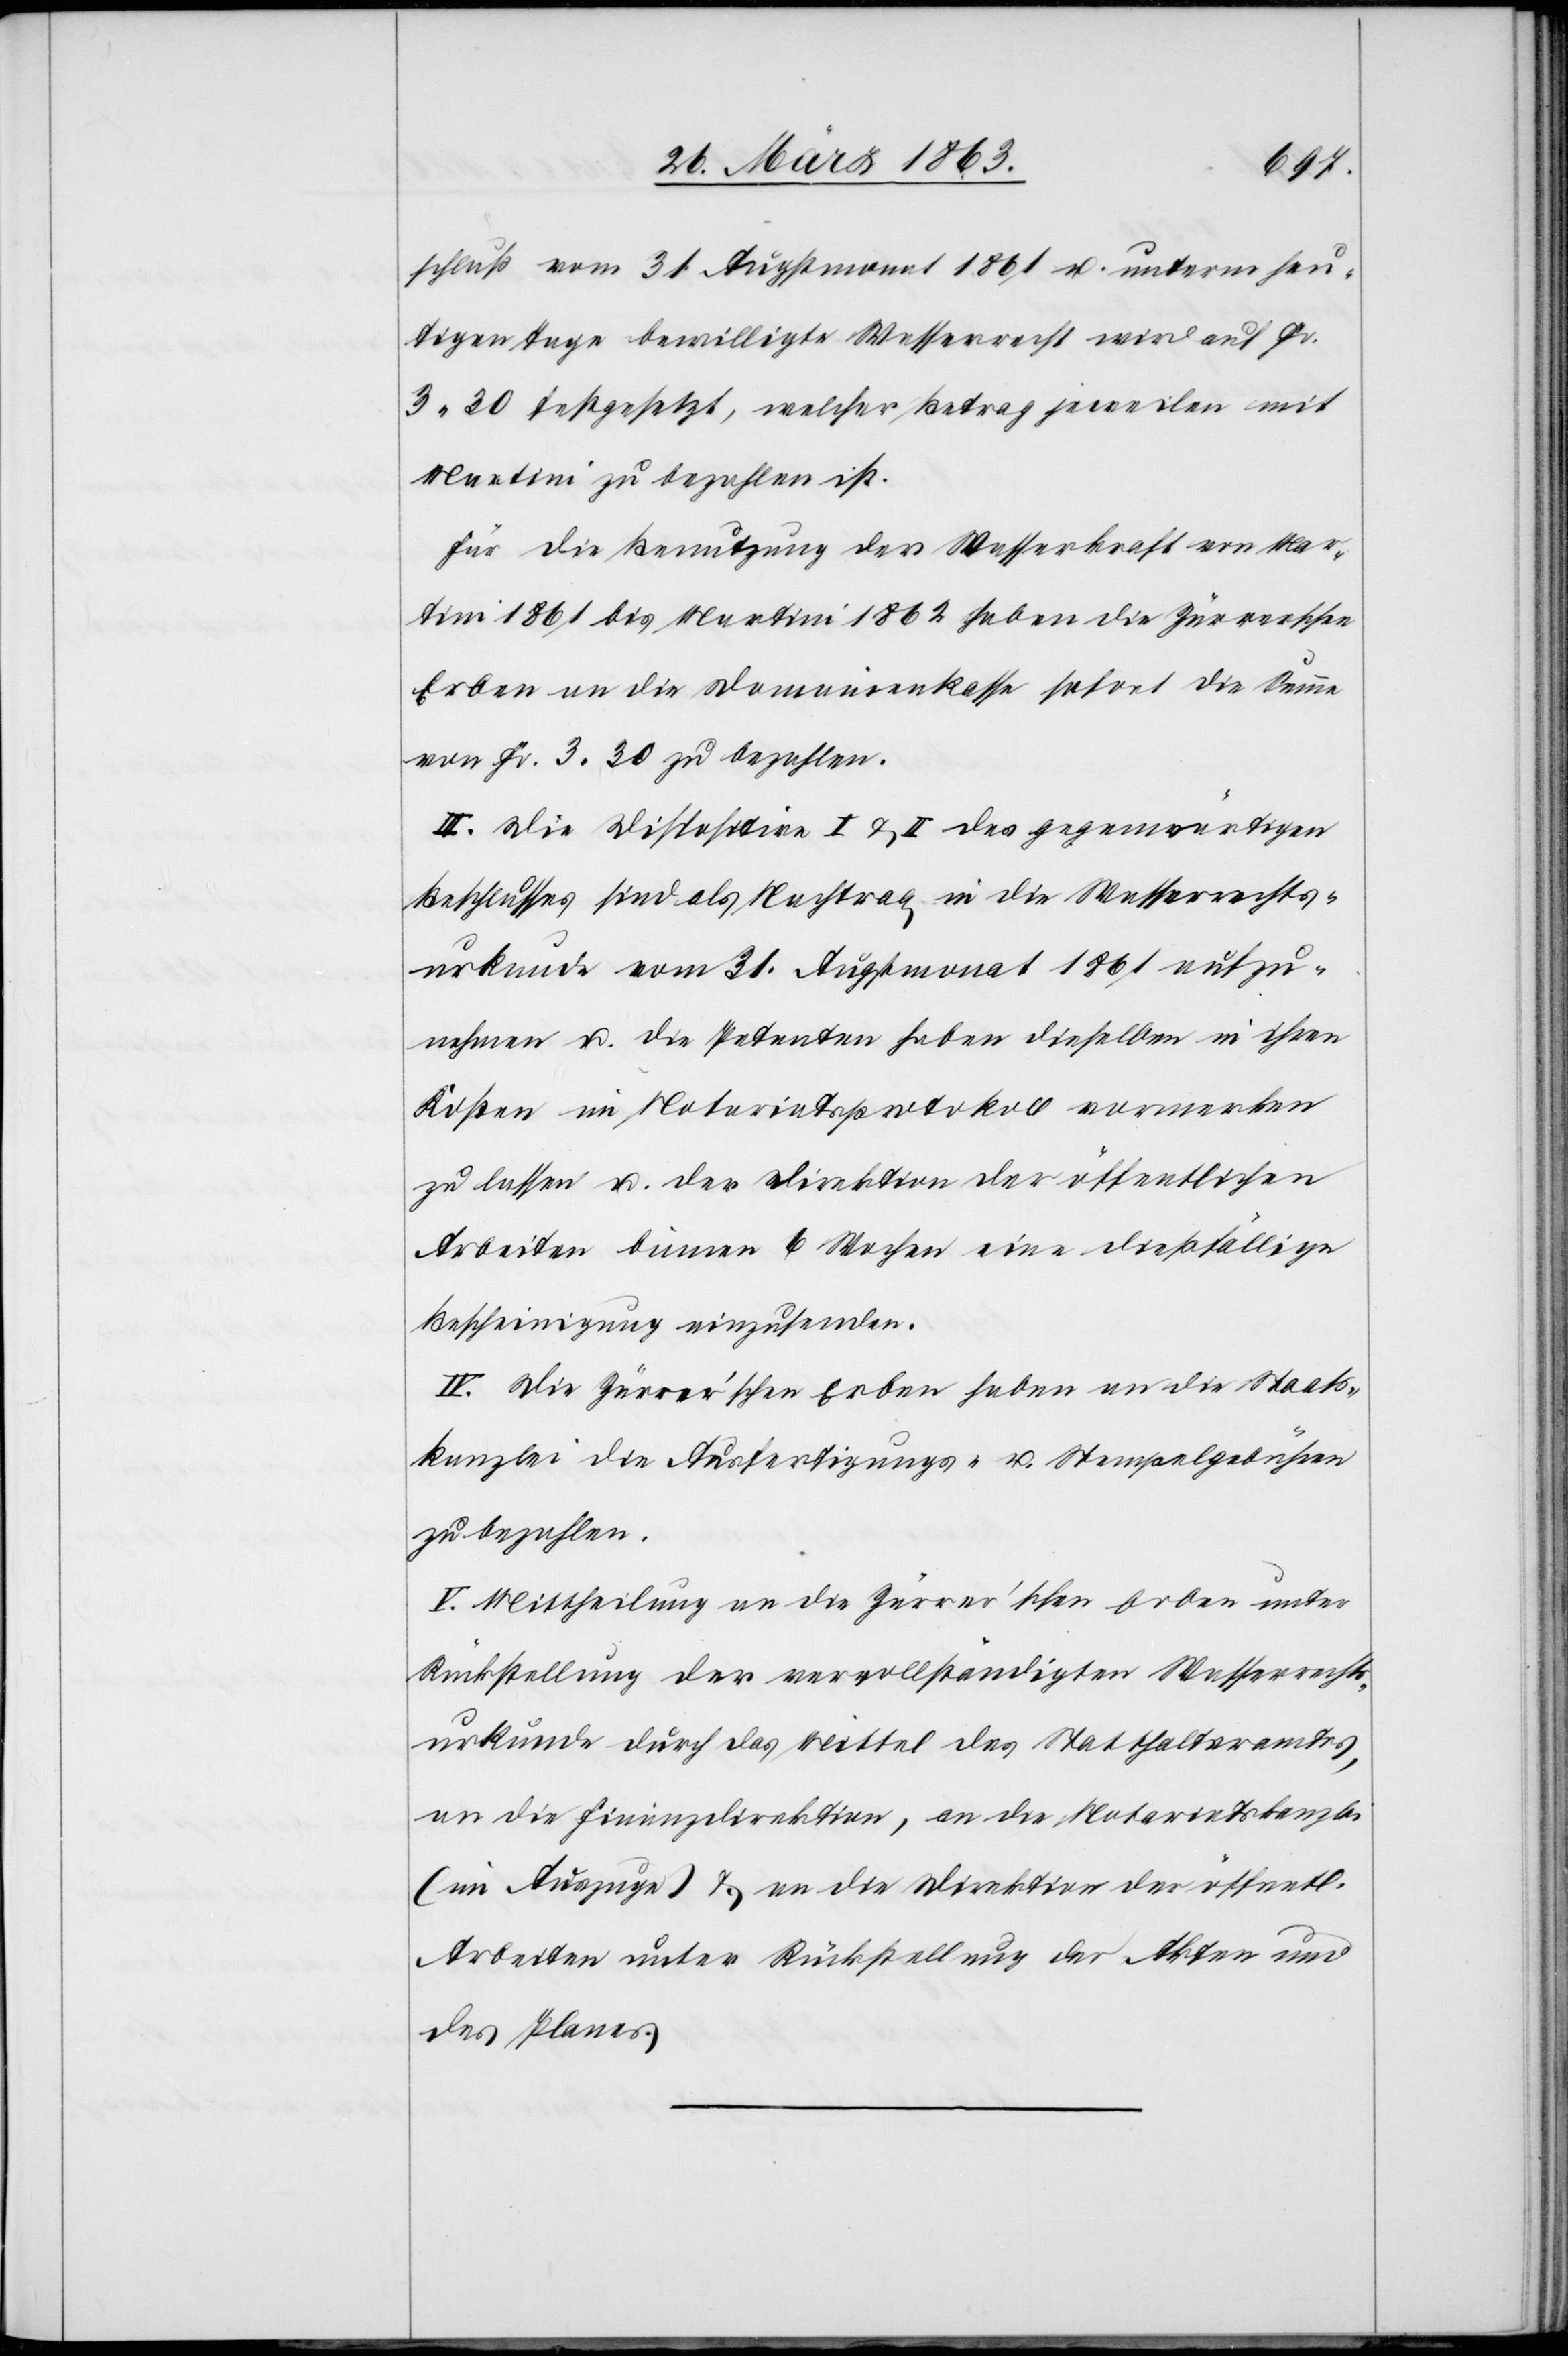
schluß vom 31. Augstmonat 1861 u. unterm heu¬
tigen Tage bewilligte Wasserrecht wird auf Fr.
3. 30 festgesetzt, welcher Betrag jeweilen mit
Martini zu bezahlen ist.
Für die Benutzung der Wasserkraft von Mar¬
tini 1861 bis Martini 1862 haben die Zürrerschen
Erben an die Domainenkasse sofort die Summe
von Fr. 3. 30 zu bezahlen.
III. Die Dispositive I & II des gegenwärtigen
Beschlusses sind als Nachtrag in die Wasserrechts¬
urkunde vom 31. Augstmonat 1861 aufzu¬
nehmen u. die Petenten haben dieselben in ihren
Kosten im Notariatsprotokoll vormerken
zu lassen u. der Direktion der öffentlichen
Arbeiten binnen 6 Wochen eine dießfällige
Bescheinigung einzusenden.
IV. Die Zürrer'schen Erben haben an die Staats¬
kanzlei die Ausfertigungs- u. Stempelgebühren
zu bezahlen.
V. Mittheilung an die Zürrer'schen Erben unter
Rückstellung der vervollständigten Wasserrechts¬
urkunde durch das Mittel des Statthalteramtes,
an die Finanzdirektion, an die Notariatskanzlei
(im Auszuge) & an die Direktion der öffentl.
Arbeiten unter Rückstellung der Akten und
des Planes.